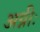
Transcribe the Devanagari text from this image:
अग्नीः